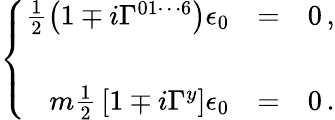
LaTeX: \left\{ \begin{array}{rcl}{{\frac{1}{2}\left(1\mp i\Gamma^{01\cdots 6}\right)\epsilon_{0}}}&{{=}}&{{0\, ,}}\\ {{}}&{{}}&{{}}\\ {{m{\textstyle\frac{1}{2}}\left[1\mp i\Gamma^{y}\right]\epsilon_{0}}}&{{=}}&{{0\, .}}\end{array}\right.